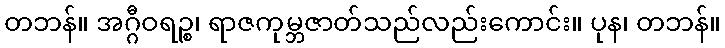
တဘန်။ အဂ္ဂီဝရဉ္စ၊ ရာဇကုမ္ဘဇာတ်သည်လည်းကောင်း။ ပုန၊ တဘန်။